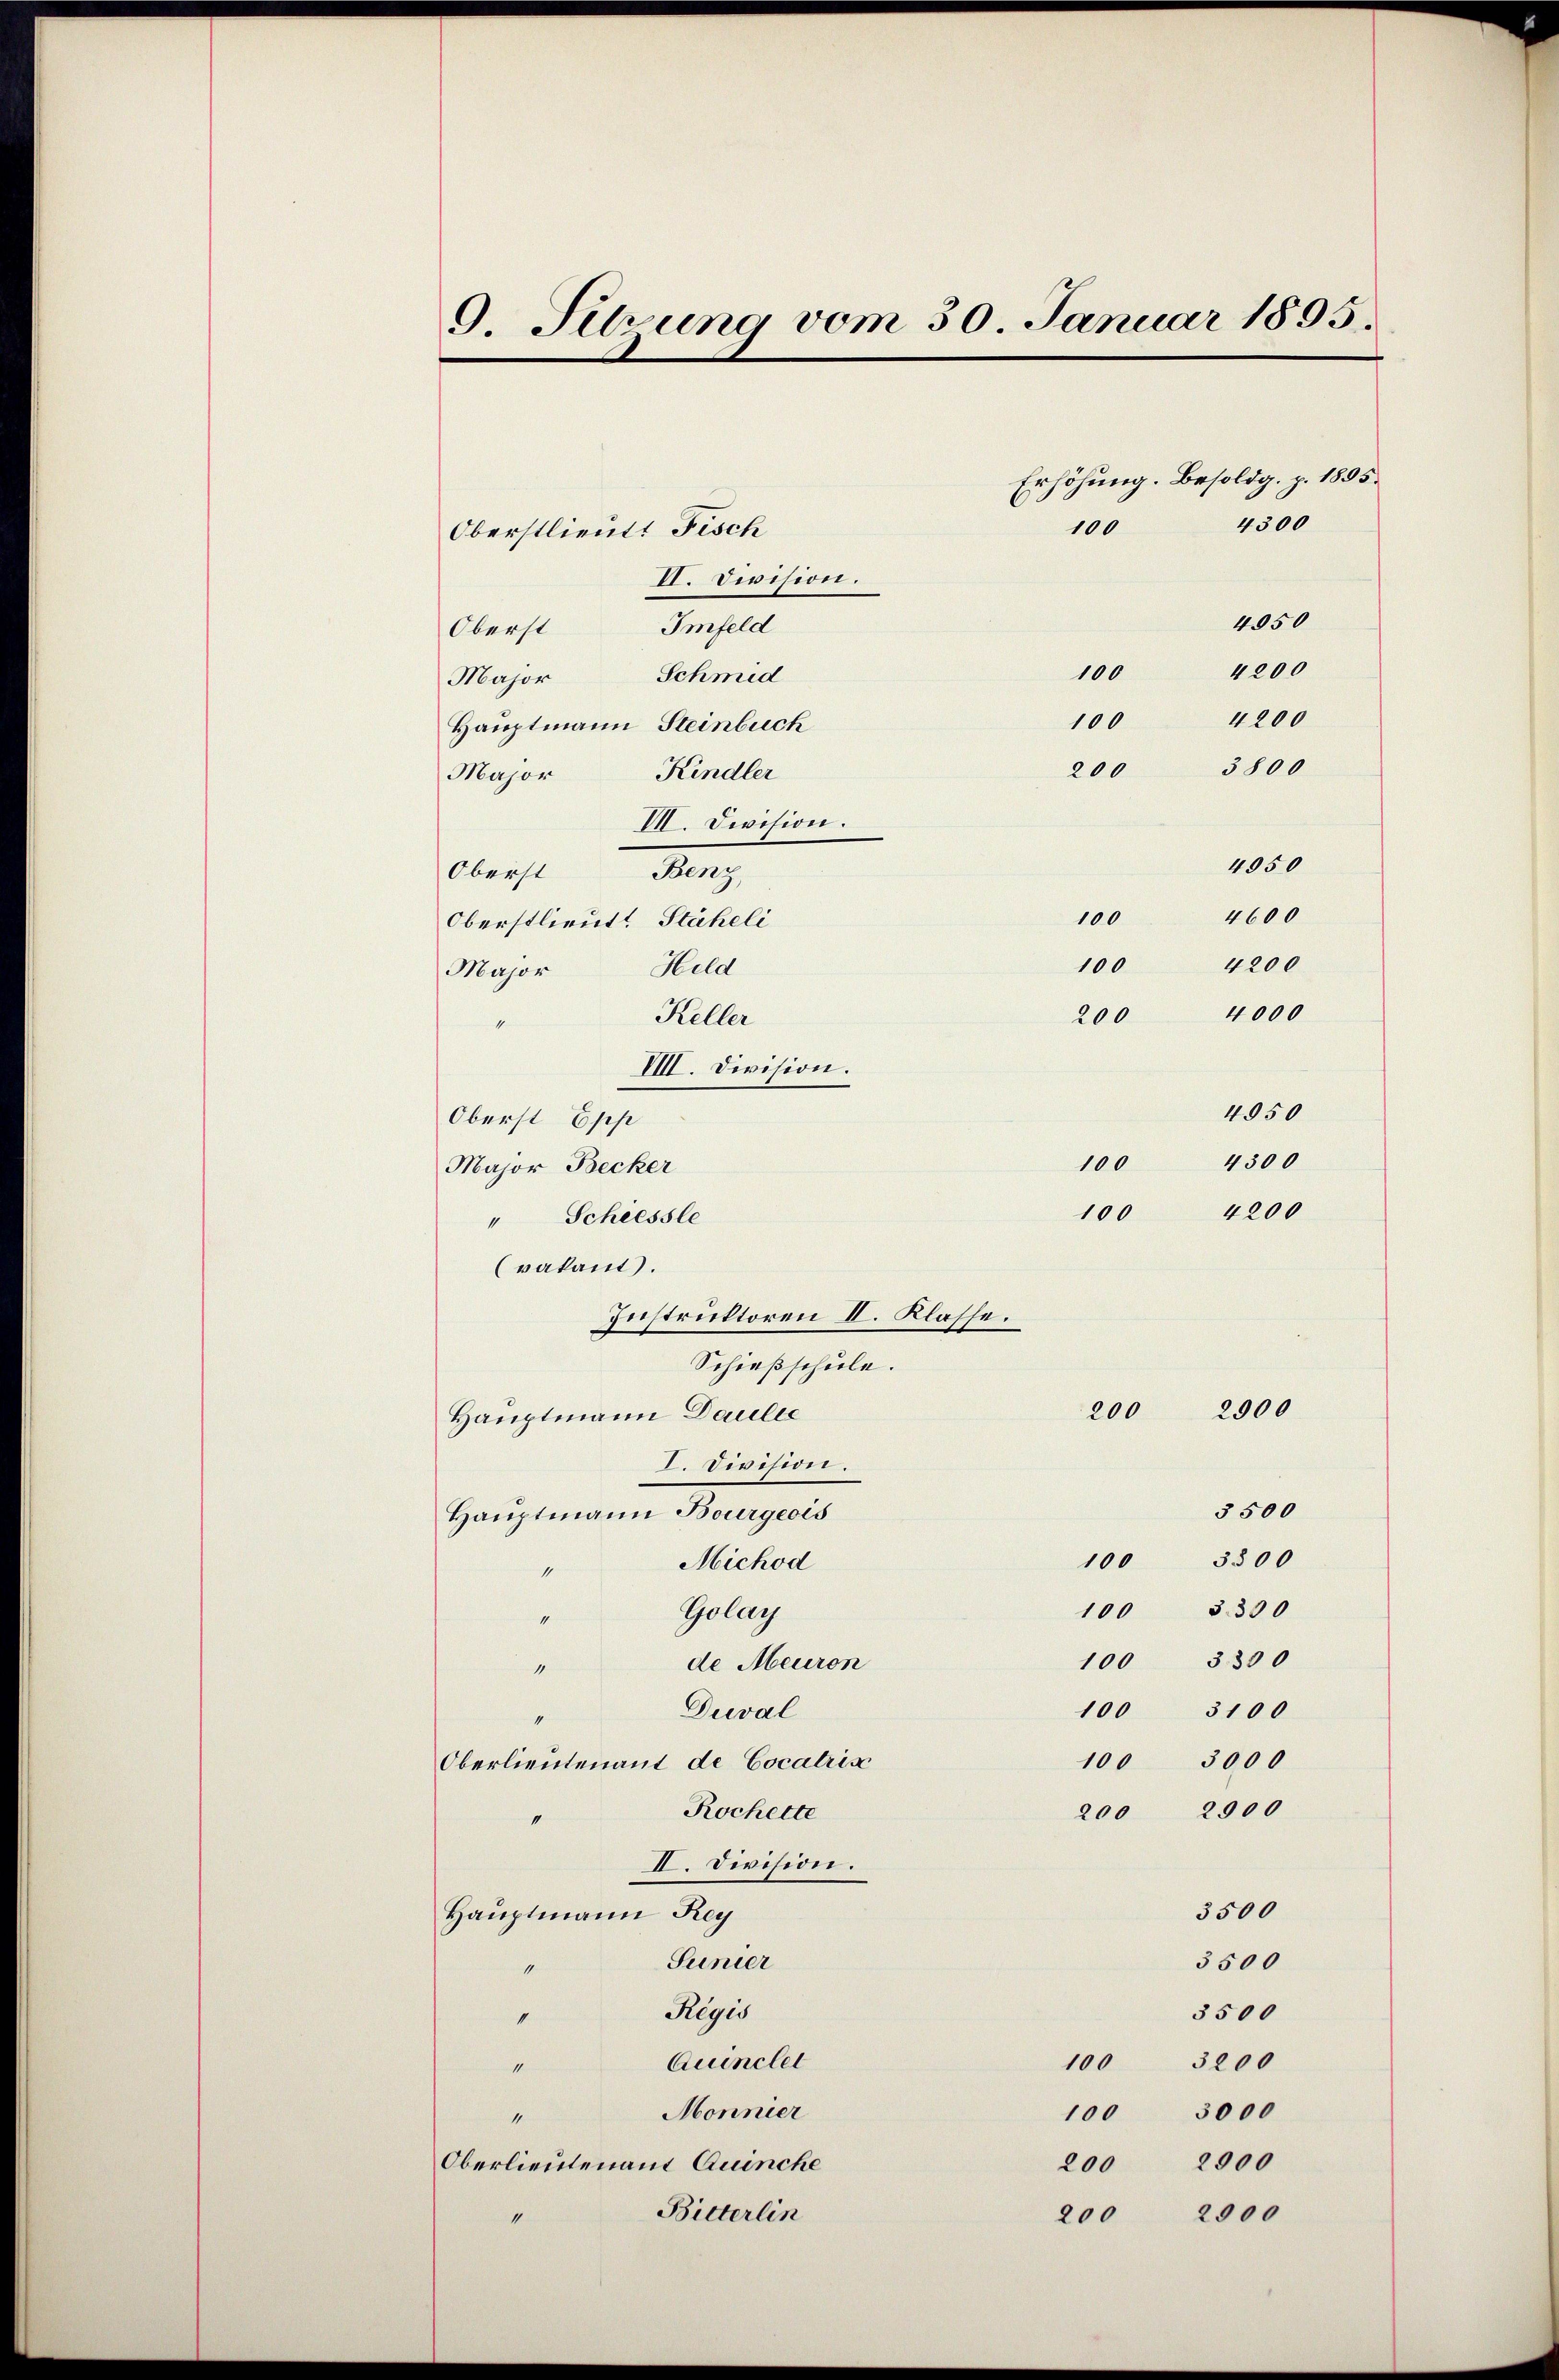
9. Setzung vom 30. Januar 1895.

200 3800
Oberst Herz
100
Oberstlieut. Stäheli
100
Held
Major
Keller
200
4
VIII. Division.
Oberst Epp
100
Major Becker
100
" Schiessle
vakant.
Instruktoren II. Klasse.
Schießschule.
2900
200
Hauptmann Paulic
I. Division.
3500
Hauptmann Bourgeois
3500
100
Michod
1
100 3300
Golay
4
100 3300
de Meuron
“

Oberst
Major

Oberstlieut. Fisch
II. Division.
Imfeld
Schmid
Hauptmann Steinbuch
Major Kindler
VII. Division.

Duval
100
Oberlieutenant de Cocatris
Rochelte
200
II. Division.
Hauptmann Rey
Sunier
1
Reyis
1
Quinclel
100
M
Mönnier
100
i
Oberlieutenant Quinche
Bitterlin
200

Erhöhung. Besoldg. p. 1895.
4300
100
4050
4200
100
4200
100

4050
4600
4200
4000
4050
4300
4200

100 3100
3000
2900
3500
3500
3500
3200
3000
200 2900

2000